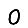
Digit: 0